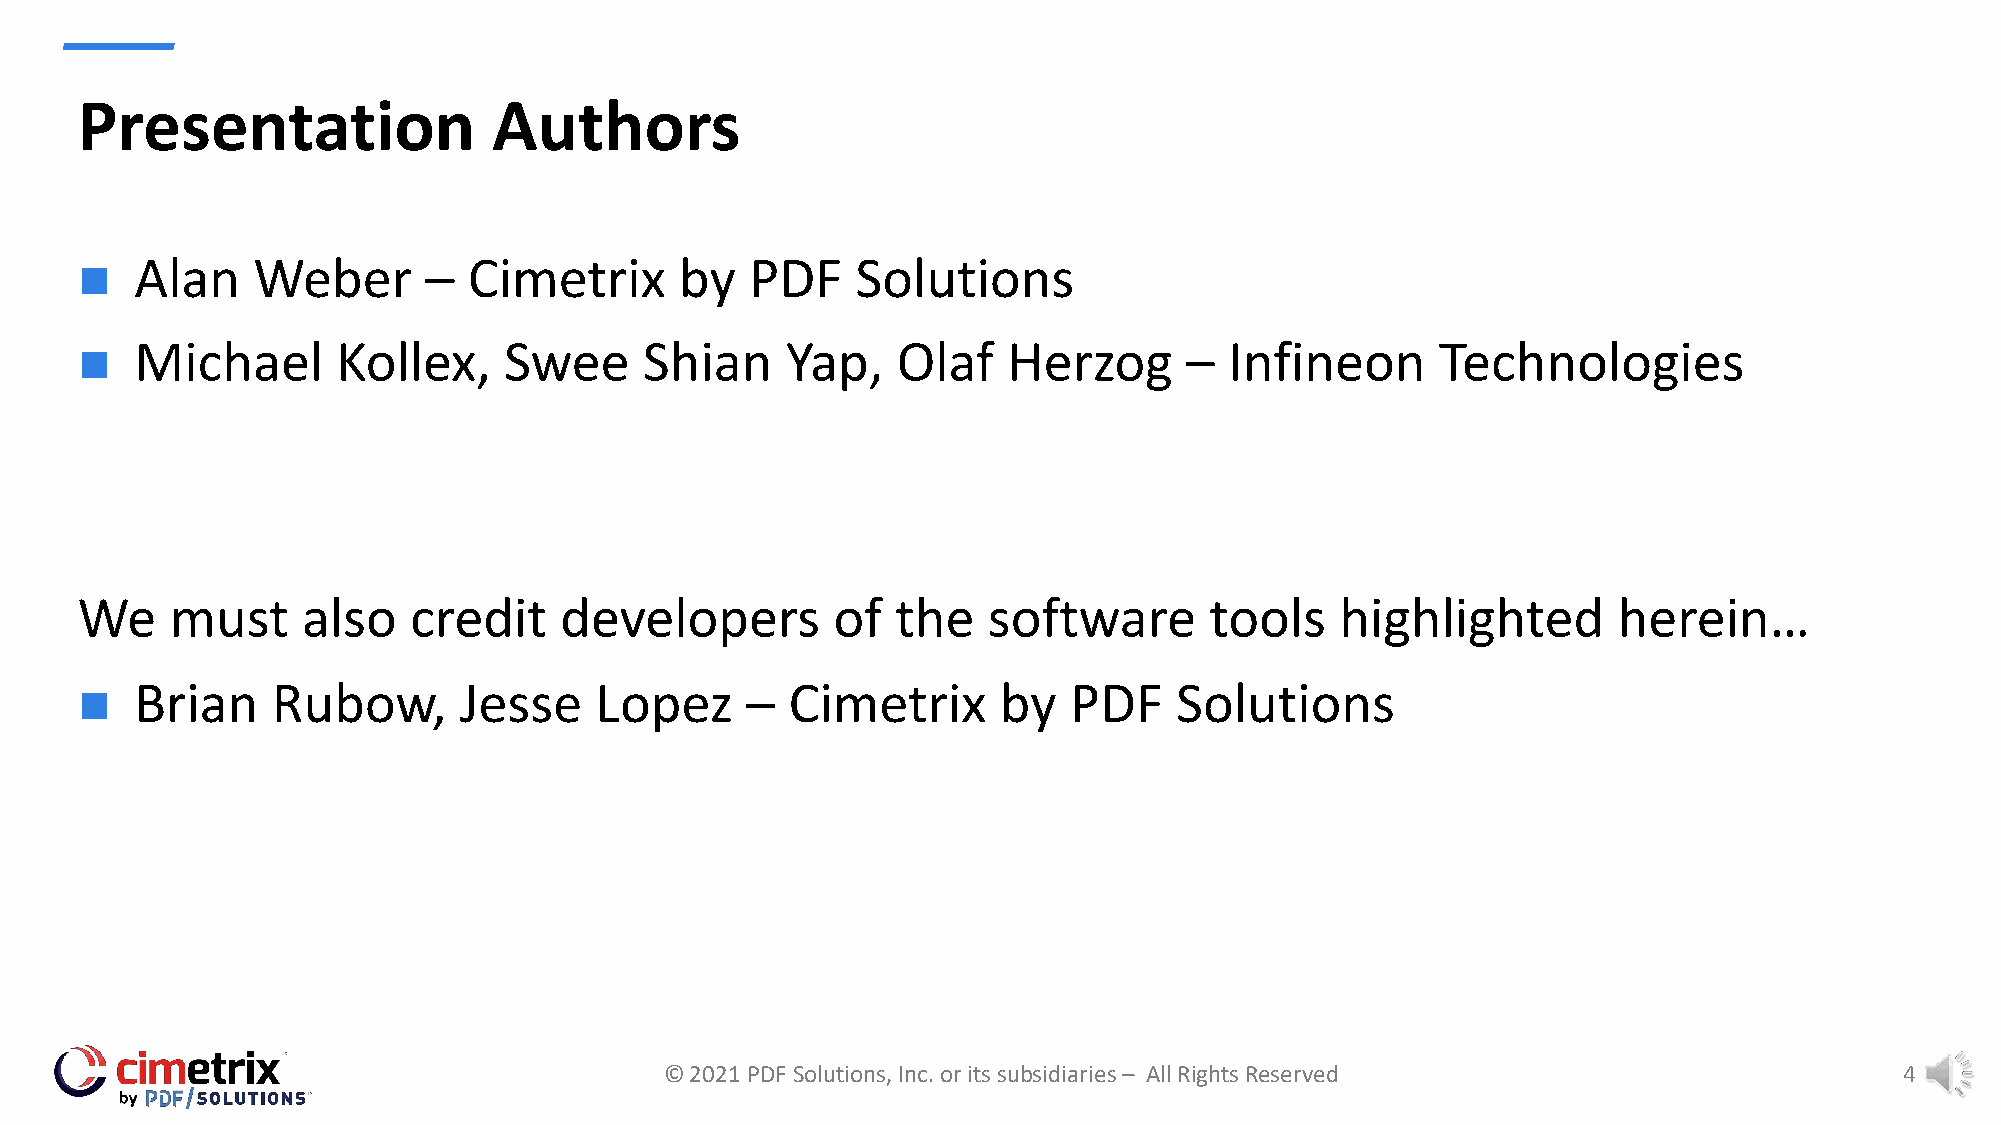
Presentation                Authors
 Alan    Weber      –  Cimetrix      by   PDF    Solutions
 n
 Michael      Kollex,    Swee      Shian    Yap,   Olaf    Herzog     –  Infineon      Technologies
 n
 We    must     also   credit    developers        of  the   software       tools    highlighted       herein…
 Brian    Rubow,      Jesse    Lopez     –  Cimetrix      by   PDF    Solutions
 n
 © 2021 PDF Solutions, Inc. or its subsidiaries – All Rights Reserved              4